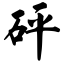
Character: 砰